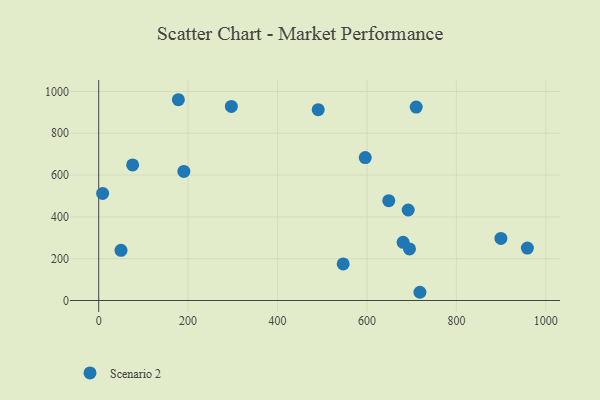
{"axis": {"x": "Engine Size", "y": "Yield"}, "legend": ["Scenario 2"], "data": [{"x": "899.5", "y": 297.1, "type": "Scenario 2"}, {"x": "296.7", "y": 928.6, "type": "Scenario 2"}, {"x": "710.1", "y": 925.2, "type": "Scenario 2"}, {"x": "718.4", "y": 39.3, "type": "Scenario 2"}, {"x": "695.1", "y": 246.9, "type": "Scenario 2"}, {"x": "680.8", "y": 278.4, "type": "Scenario 2"}, {"x": "190.5", "y": 617.6, "type": "Scenario 2"}, {"x": "49.9", "y": 240.2, "type": "Scenario 2"}, {"x": "546.8", "y": 174.7, "type": "Scenario 2"}, {"x": "692.2", "y": 433.0, "type": "Scenario 2"}, {"x": "490.9", "y": 912.7, "type": "Scenario 2"}, {"x": "75.9", "y": 648.8, "type": "Scenario 2"}, {"x": "178.2", "y": 960.5, "type": "Scenario 2"}, {"x": "8.8", "y": 512.0, "type": "Scenario 2"}, {"x": "958.7", "y": 251.0, "type": "Scenario 2"}, {"x": "648.7", "y": 477.6, "type": "Scenario 2"}, {"x": "596.1", "y": 683.6, "type": "Scenario 2"}]}